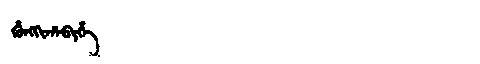
Manchu: ᡥᡠᠩᡴᡳᡥᠠᠪᡳᡥᡝ
Romanization: HUNGKIHABIHE